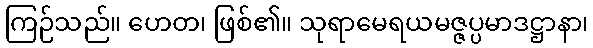
ကြဉ်သည်။ ဟေတ၊ ဖြစ်၏။ သုရာမေရယမဇ္ဇပ္ပမာဒဋ္ဌာနာ၊